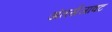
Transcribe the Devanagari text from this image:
अंतर्सजावट